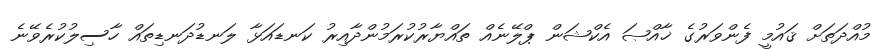
މުއްދަތަށް ޤައުމީ ފެންވަރުގެ ޚާއްޞަ އެކްޝަން ޕްލޭނެއް ތައްޔާރުކުރަމުންދާއިރު ކަނޑައަޅާ ލަނޑުދަނޑިތައް ހާސިލުކުރެވޭނެ